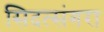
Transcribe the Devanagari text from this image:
सिदत्संगरा